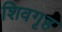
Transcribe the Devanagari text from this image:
शिवगृह